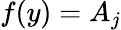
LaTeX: f(y)=A_{j}